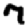
Digit: 7